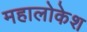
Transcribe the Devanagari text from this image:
महालोकेश